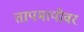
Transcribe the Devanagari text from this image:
तापमापीवर